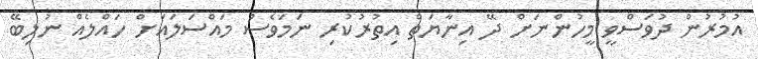
އުމުރުން ދުވަސްވީ މީހުންނަށް ދޭ އިނާޔަތް އިތުރުކުރި ނަމަވެސް މައްސަލައަށް ހައްލެއް ނުލިބޭ